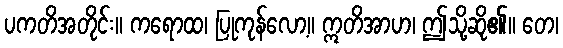
ပကတိအတိုင်း။ ကရောထ၊ ပြုကုန်လော့။ ဣတိအာဟ၊ ဤသို့ဆို၏။ တေ၊